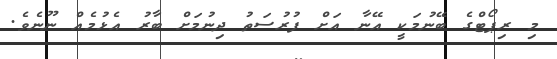
މި ރިޕޯޓްގެ ބޭނުމަކީ އޭނާ އަށް ފުރުސަތު ދިނުމަށް ބާރު އެޅުމެއް ނޫނެވެ.